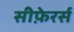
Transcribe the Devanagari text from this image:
सीफ़ेरर्स